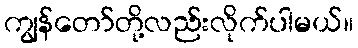
ကျွန်တော်တို့လည်းလိုက်ပါမယ်။